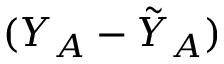
( Y _ { A } - \tilde { Y } _ { A } )